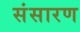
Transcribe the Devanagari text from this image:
संसारण